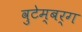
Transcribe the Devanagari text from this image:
वुटेम्बर्ग